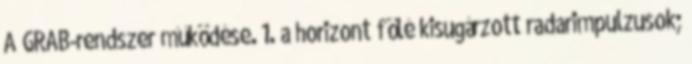
A GRAB-rendszer működése. 1. a horizont fölé kisugárzott radarimpulzusok;